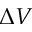
\Delta V